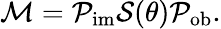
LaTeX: \mathcal{M}=\mathcal{P}_{\mathrm{im}}\mathcal{S}(\theta)\mathcal{P}_{\mathrm{ob}}.